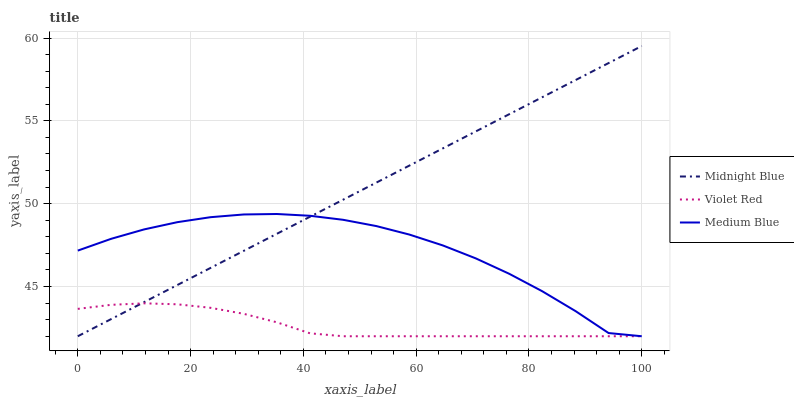
| xaxis_label | Midnight Blue | Violet Red | Medium Blue |
 | --- | --- | --- | --- |
 | 0 | 42 | 43.7 | 47.2 |
 | 5.88 | 43 | 43.9 | 47.9 |
 | 11.8 | 44.1 | 44 | 48.4 |
 | 17.6 | 45.1 | 43.9 | 48.9 |
 | 23.5 | 46.1 | 43.7 | 49.2 |
 | 29.4 | 47.2 | 43.4 | 49.3 |
 | 35.3 | 48.2 | 42.8 | 49.4 |
 | 41.2 | 49.2 | 42.2 | 49.3 |
 | 47.1 | 50.2 | 42 | 49 |
 | 52.9 | 51.3 | 42 | 48.6 |
 | 58.8 | 52.3 | 42 | 48.1 |
 | 64.7 | 53.3 | 42 | 47.5 |
 | 70.6 | 54.4 | 42 | 46.7 |
 | 76.5 | 55.4 | 42 | 45.8 |
 | 82.4 | 56.4 | 42 | 44.7 |
 | 88.2 | 57.5 | 42 | 43.5 |
 | 94.1 | 58.5 | 42 | 42.2 |
 | 100 | 59.5 | 42 | 42 |